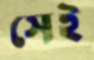
সেই